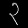
Digit: ၃